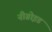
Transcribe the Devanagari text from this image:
नीग्रोइड